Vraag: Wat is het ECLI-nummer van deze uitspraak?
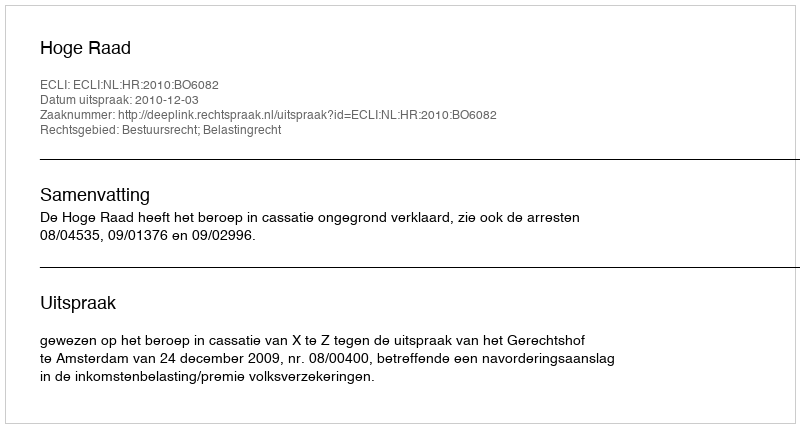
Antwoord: ECLI:NL:HR:2010:BO6082